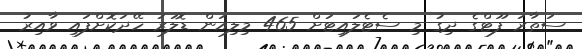
ސަތާރަ ފޫޓްގެ ދިގު މި ސެޓެލައިޓަށް 465 މިލިއަން ޑޮލަރު ހޭދަކޮށްފައި ވާއިރު